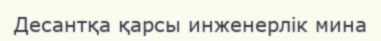
Десантқа қарсы инженерлік мина